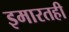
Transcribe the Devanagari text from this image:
इमारतही